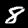
Label: 8